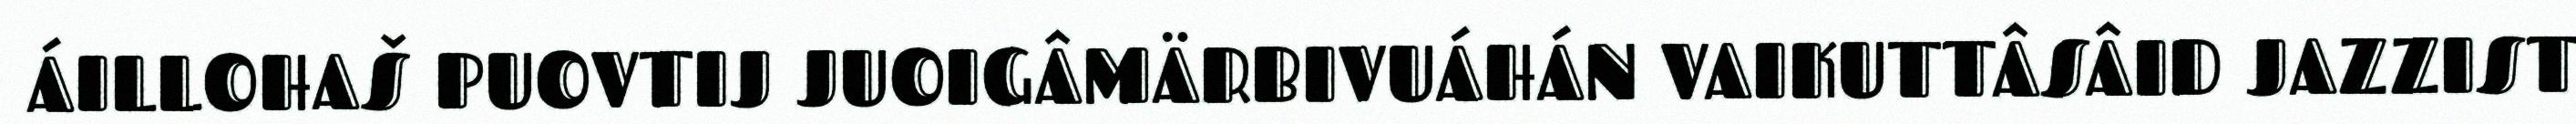
ÁILLOHAŠ PUOVTIJ JUOIGÂMÄRBIVUÁHÁN VAIKUTTÂSÂID JAZZIST